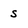
Character: S